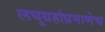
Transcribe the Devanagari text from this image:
लघुग्रहांप्रमाणेच